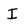
Character: I